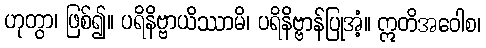
ဟုတွာ၊ ဖြစ်၍။ ပရိနိဗ္ဗာယိဿာမိ၊ ပရိနိဗ္ဗာန်ပြုအံ့။ ဣတိအဝေါစ၊